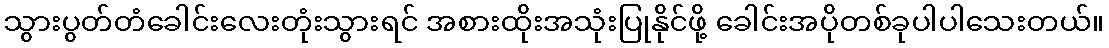
သွားပွတ်တံခေါင်းလေးတုံးသွားရင် အစားထိုးအသုံးပြုနိုင်ဖို့ ခေါင်းအပိုတစ်ခုပါပါသေးတယ်။